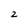
Character: 2